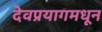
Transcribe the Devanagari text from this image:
देवप्रयागमधून